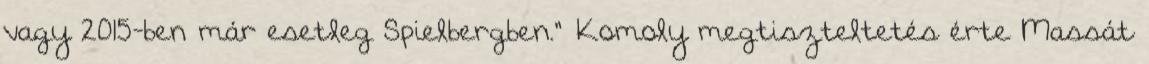
vagy 2015-ben már esetleg Spielbergben." Komoly megtiszteltetés érte Massát